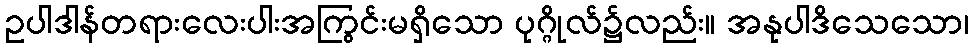
ဥပါဒါန်တရားလေးပါးအကြွင်းမရှိသော ပုဂ္ဂိုလ်၌လည်း။ အနုပါဒိသေသော၊